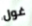
غول